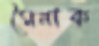
মৈনাক